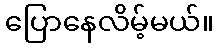
ပြောနေလိမ့်မယ်။